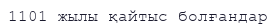
1101 жылы қайтыс болғандар